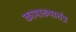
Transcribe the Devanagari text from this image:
कामाख्यातंत्र